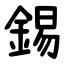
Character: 錫